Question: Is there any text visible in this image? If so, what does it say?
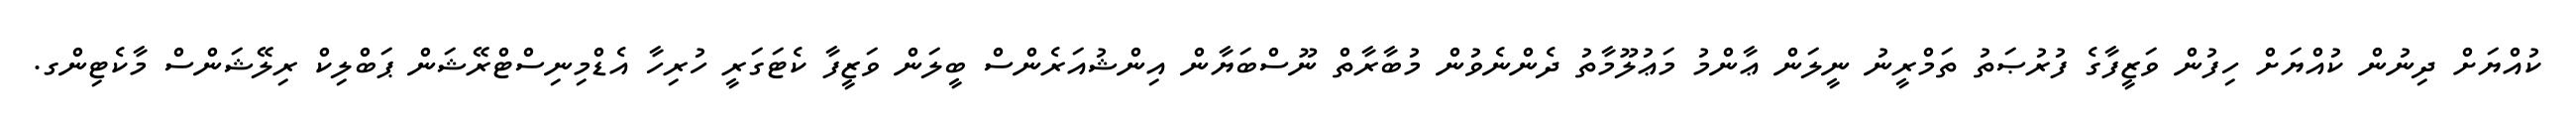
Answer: ކުއްޔަށް ދިނުން ކުއްޔަށް ހިފުން ވަޒީފާގެ ފުރުޞަތު ތަމްރީނު ނީލަން ޢާންމު މަޢުލޫމާތު ދެންނެވުން މުބާރާތް ނޫސްބަޔާން އިންޝުއަރެންސް ބީލަން ވަޒީފާ ކެޓަގަރީ ހުރިހާ އެޑްމިނިސްޓްރޭޝަން ޕަބްލިކް ރިލޭޝަންސް މާކެޓިންގ.